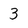
Character: 3